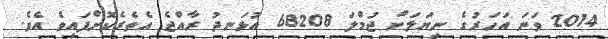
2014 ވަނަ އަހަރުގެ ނިޔަލަށް ޖުމްލަ 68208 އުޅަނދު ރާއްޖެ އެތެރެކޮށްފައިވެ އެވެ.